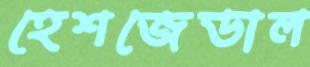
হেশজেডাল